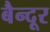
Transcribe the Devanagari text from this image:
बैन्दूर